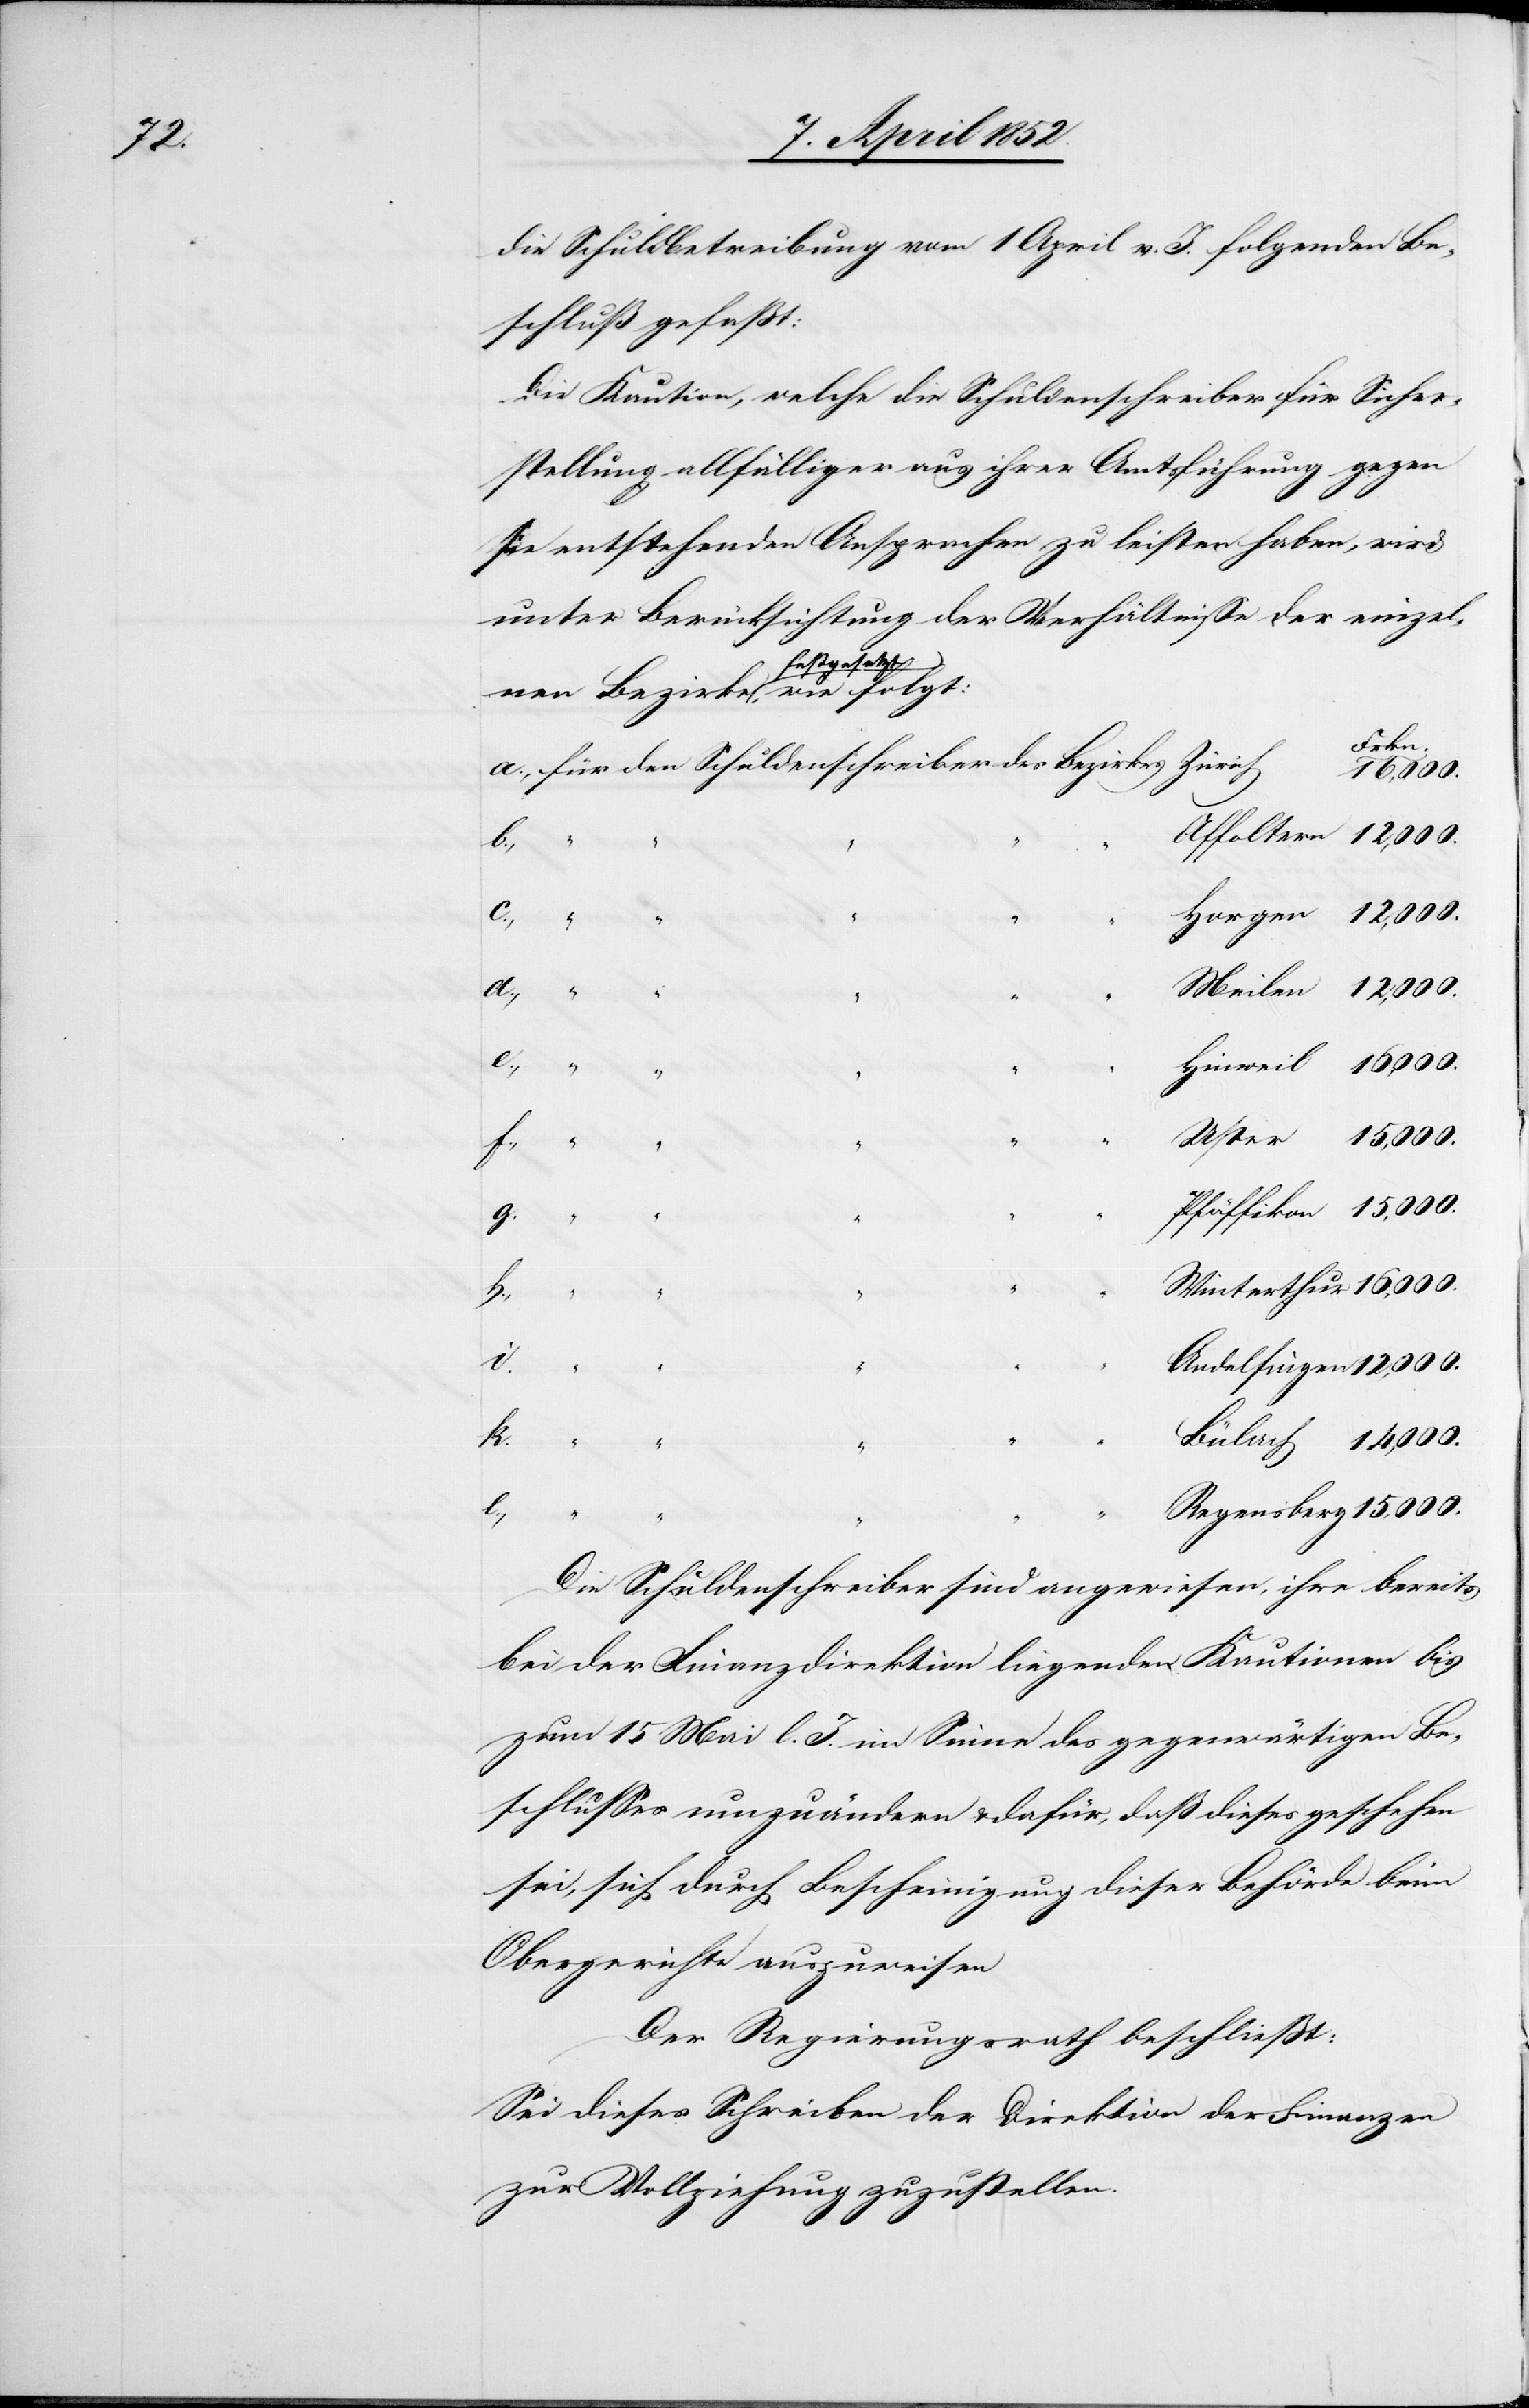
die Schuldbetreibung vom 1 April v. J. folgenden Be¬
schluß gefasst:
Die Kaution, welche die Schuldenschreiber für Sicher¬
stellung allfälliger aus ihrer Amtsführung gegen
sie entstehenden Ansprachen zu leisten haben, wird
unter Berücksichtigung der Verhältnisse der einzel¬
festgesetzt,
Frkn.
15,000.
l.,
Andelfingen
“ “ “
e.,
g.
Regens¬
i.
berg
k.
Bülach
Die Schuldenschreiber sind angewiesen, ihre bereits
bei der Finanzdirektion liegenden Kautionen bis
zum 15 Mai l. J. im Sinne des gegenwärtigen Be¬
schlusses umzuändern & dafür, daß dieses geschehen
sei, sich durch Bescheinigung dieser Behörde beim
Obergerichte auszuweisen
Der Regierungsrath beschliesst:
Sei dieses Schreiben der Direktion der Finanzen
zur Vollziehung zuzustellen.